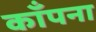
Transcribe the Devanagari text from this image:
काँपना